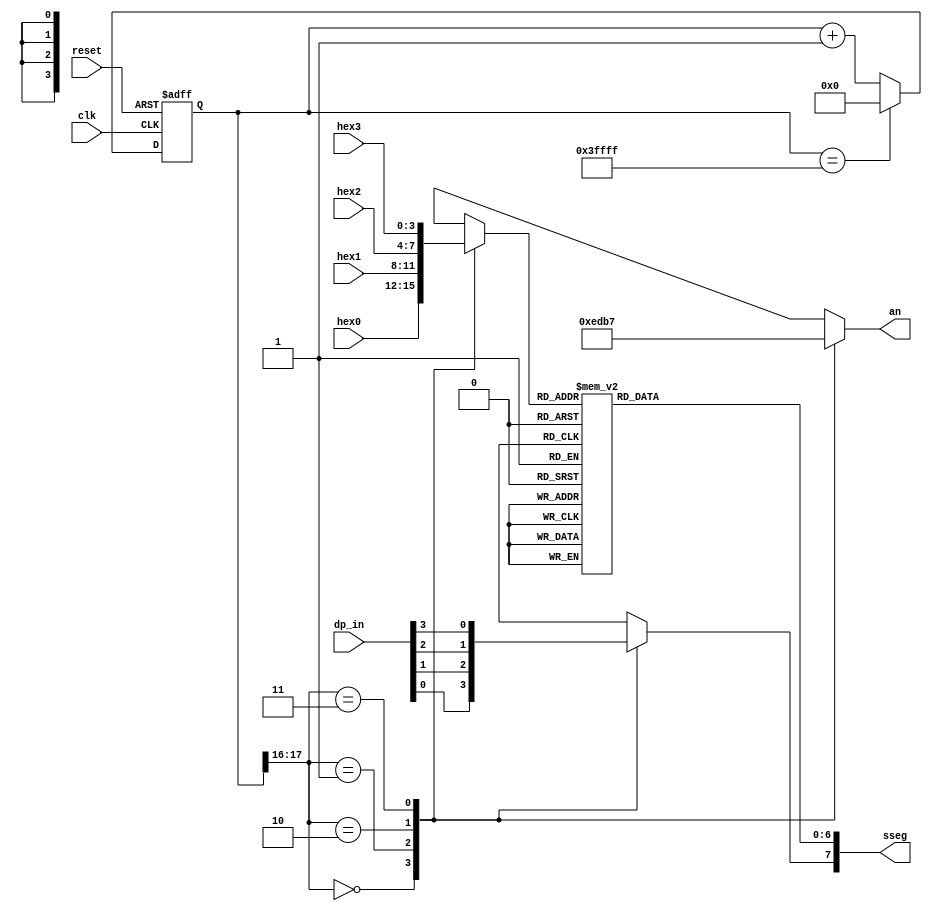
//
module scan_led_disp
#(parameter N = 18)
(
    input clk,reset,
    input [3:0] hex3,hex2,hex1,hex0,
    input [3:0] dp_in,
    output reg [3:0] an,
    output reg [7:0] sseg
);
    reg [N-1:0] reg_n;
    reg [3:0] hex_in;
    reg dp;

    always @(posedge clk,posedge reset) begin
        if (reset) reg_n <= 0;
        else if(reg_n == {N{1'b1}})   reg_n <= 0;
        else reg_n <= reg_n + 1;
    end
    
    always @*begin
        case (reg_n[N-1:N-2])
            2'b00: begin
                an = 4'b1110;
                hex_in = hex0;
                dp = dp_in[0];
            end
            2'b01:begin
                an = 4'b1101;
                hex_in = hex1;
                dp = dp_in[1];
            end
            2'b10:begin
                an = 4'b1011;
                hex_in = hex2;
                dp = dp_in[2];
            end
            2'b11:begin
                an = 4'b0111;
                hex_in = hex3;
                dp = dp_in[3];
            end
        endcase
    end

    always @* begin
        case (hex_in)
            4'h0: sseg[6:0] =7'b000_0001;
            4'h1: sseg[6:0] =7'b100_1111;
            4'h2: sseg[6:0] =7'b001_0010;
            4'h3: sseg[6:0] =7'b000_0110;
            4'h4: sseg[6:0] =7'b100_1100;
            4'h5: sseg[6:0] =7'b010_0100;
            4'h6: sseg[6:0] =7'b010_0000;
            4'h7: sseg[6:0] =7'b000_1111;
            4'h8: sseg[6:0] =7'b000_0000;
            4'h9: sseg[6:0] =7'b000_0100;
            4'ha: sseg[6:0] =7'b000_1000;
            4'hb: sseg[6:0] =7'b110_0000;
            4'hc: sseg[6:0] =7'b011_0001;
            4'hd: sseg[6:0] =7'b100_0010;
            4'he: sseg[6:0] =7'b011_0000;
            default :sseg[6:0] =7'b011_1000;
        endcase
        sseg[7] = dp;
    end

endmodule